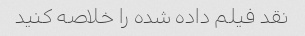
نقد فیلم داده شده را خلاصه کنید